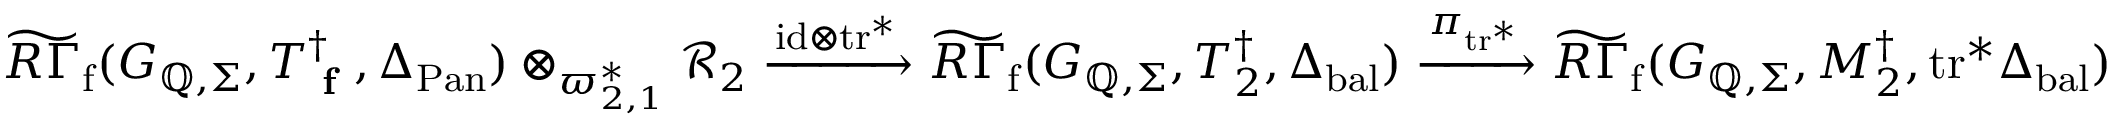
\widetilde { R \Gamma } _ { \mathrm { f } } ( G _ { \mathbb { Q } , \Sigma } , T _ { \textup { \bf f } } ^ { \dagger } , \Delta _ { \mathrm { P a n } } ) \otimes _ { \varpi _ { 2 , 1 } ^ { * } } \mathcal { R } _ { 2 } \xrightarrow { \mathrm { i d } \otimes \mathrm { t r } ^ { * } } \widetilde { R \Gamma } _ { \mathrm { f } } ( G _ { \mathbb { Q } , \Sigma } , T _ { 2 } ^ { \dagger } , \Delta _ { \mathrm { b a l } } ) \xrightarrow { \pi _ { \mathrm { t r } ^ { * } } } \widetilde { R \Gamma } _ { \mathrm { f } } ( G _ { \mathbb { Q } , \Sigma } , M _ { 2 } ^ { \dagger } , \mathrm { t r } ^ { * } \Delta _ { \mathrm { b a l } } )